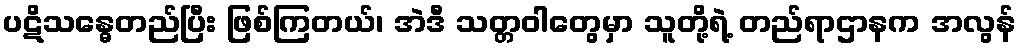
ပဋိသန္ဓေတည်ပြီး ဖြစ်ကြတယ်၊ အဲဒီ သတ္တဝါတွေမှာ သူတို့ရဲ့ တည်ရာဌာနက အလွန်